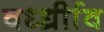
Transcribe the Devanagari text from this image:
वर्ध्ध्रीाव